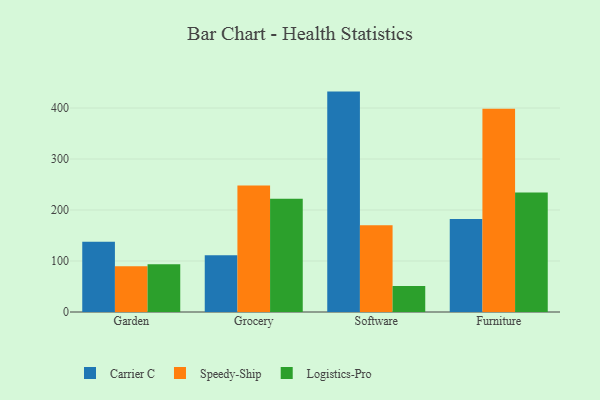
{"axis": {"x": "Category", "y": "Revenue (USD Million)"}, "legend": ["Carrier C", "Logistics-Pro", "Speedy-Ship"], "data": [{"x": "Garden", "y": 138.0, "type": "Carrier C"}, {"x": "Garden", "y": 89.9, "type": "Speedy-Ship"}, {"x": "Garden", "y": 93.8, "type": "Logistics-Pro"}, {"x": "Grocery", "y": 111.1, "type": "Carrier C"}, {"x": "Grocery", "y": 247.9, "type": "Speedy-Ship"}, {"x": "Grocery", "y": 222.0, "type": "Logistics-Pro"}, {"x": "Software", "y": 432.2, "type": "Carrier C"}, {"x": "Software", "y": 170.2, "type": "Speedy-Ship"}, {"x": "Software", "y": 51.2, "type": "Logistics-Pro"}, {"x": "Furniture", "y": 182.6, "type": "Carrier C"}, {"x": "Furniture", "y": 398.6, "type": "Speedy-Ship"}, {"x": "Furniture", "y": 234.5, "type": "Logistics-Pro"}]}